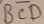
Text: BCD